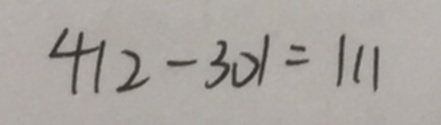
4 1 2 - 3 0 1 = 1 1 1